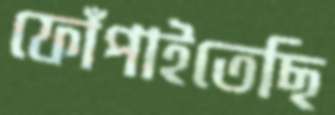
ফোঁপাইতেছি